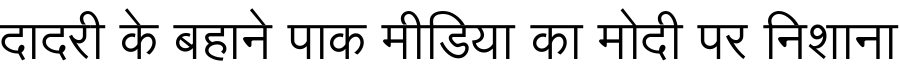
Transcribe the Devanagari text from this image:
दादरी के बहाने पाक मीडिया का मोदी पर निशाना